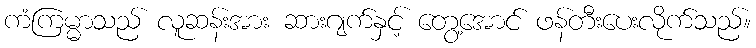
ကံကြမ္မာသည် လူဆန်းအား ဆားဂျက်နှင့် တွေ့အောင် ဖန်တီးပေးလိုက်သည်။